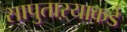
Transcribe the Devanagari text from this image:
सापुताऱ्याकडे